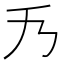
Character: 𠂍